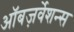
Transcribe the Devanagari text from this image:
ऑबज़र्वेशन्स